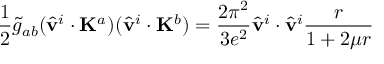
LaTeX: \frac { 1 } { 2 } \tilde { g } _ { a b } ( \hat { \bf v } ^ { i } \cdot { \bf K } ^ { a } ) ( \hat { \bf v } ^ { i } \cdot { \bf K } ^ { b } ) = \frac { 2 \pi ^ { 2 } } { 3 e ^ { 2 } } \hat { \bf v } ^ { i } \cdot \hat { \bf v } ^ { i } \frac { r } { 1 + 2 \mu r }